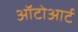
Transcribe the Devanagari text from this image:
ऑटोआर्ट